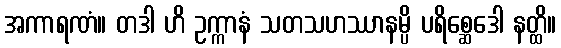
အကာရဏံ။ တဒါ ဟိ ဥက္ကာနံ သတသဟဿာနမ္ပိ ပရိစ္ဆေဒေါ နတ္ထိ။